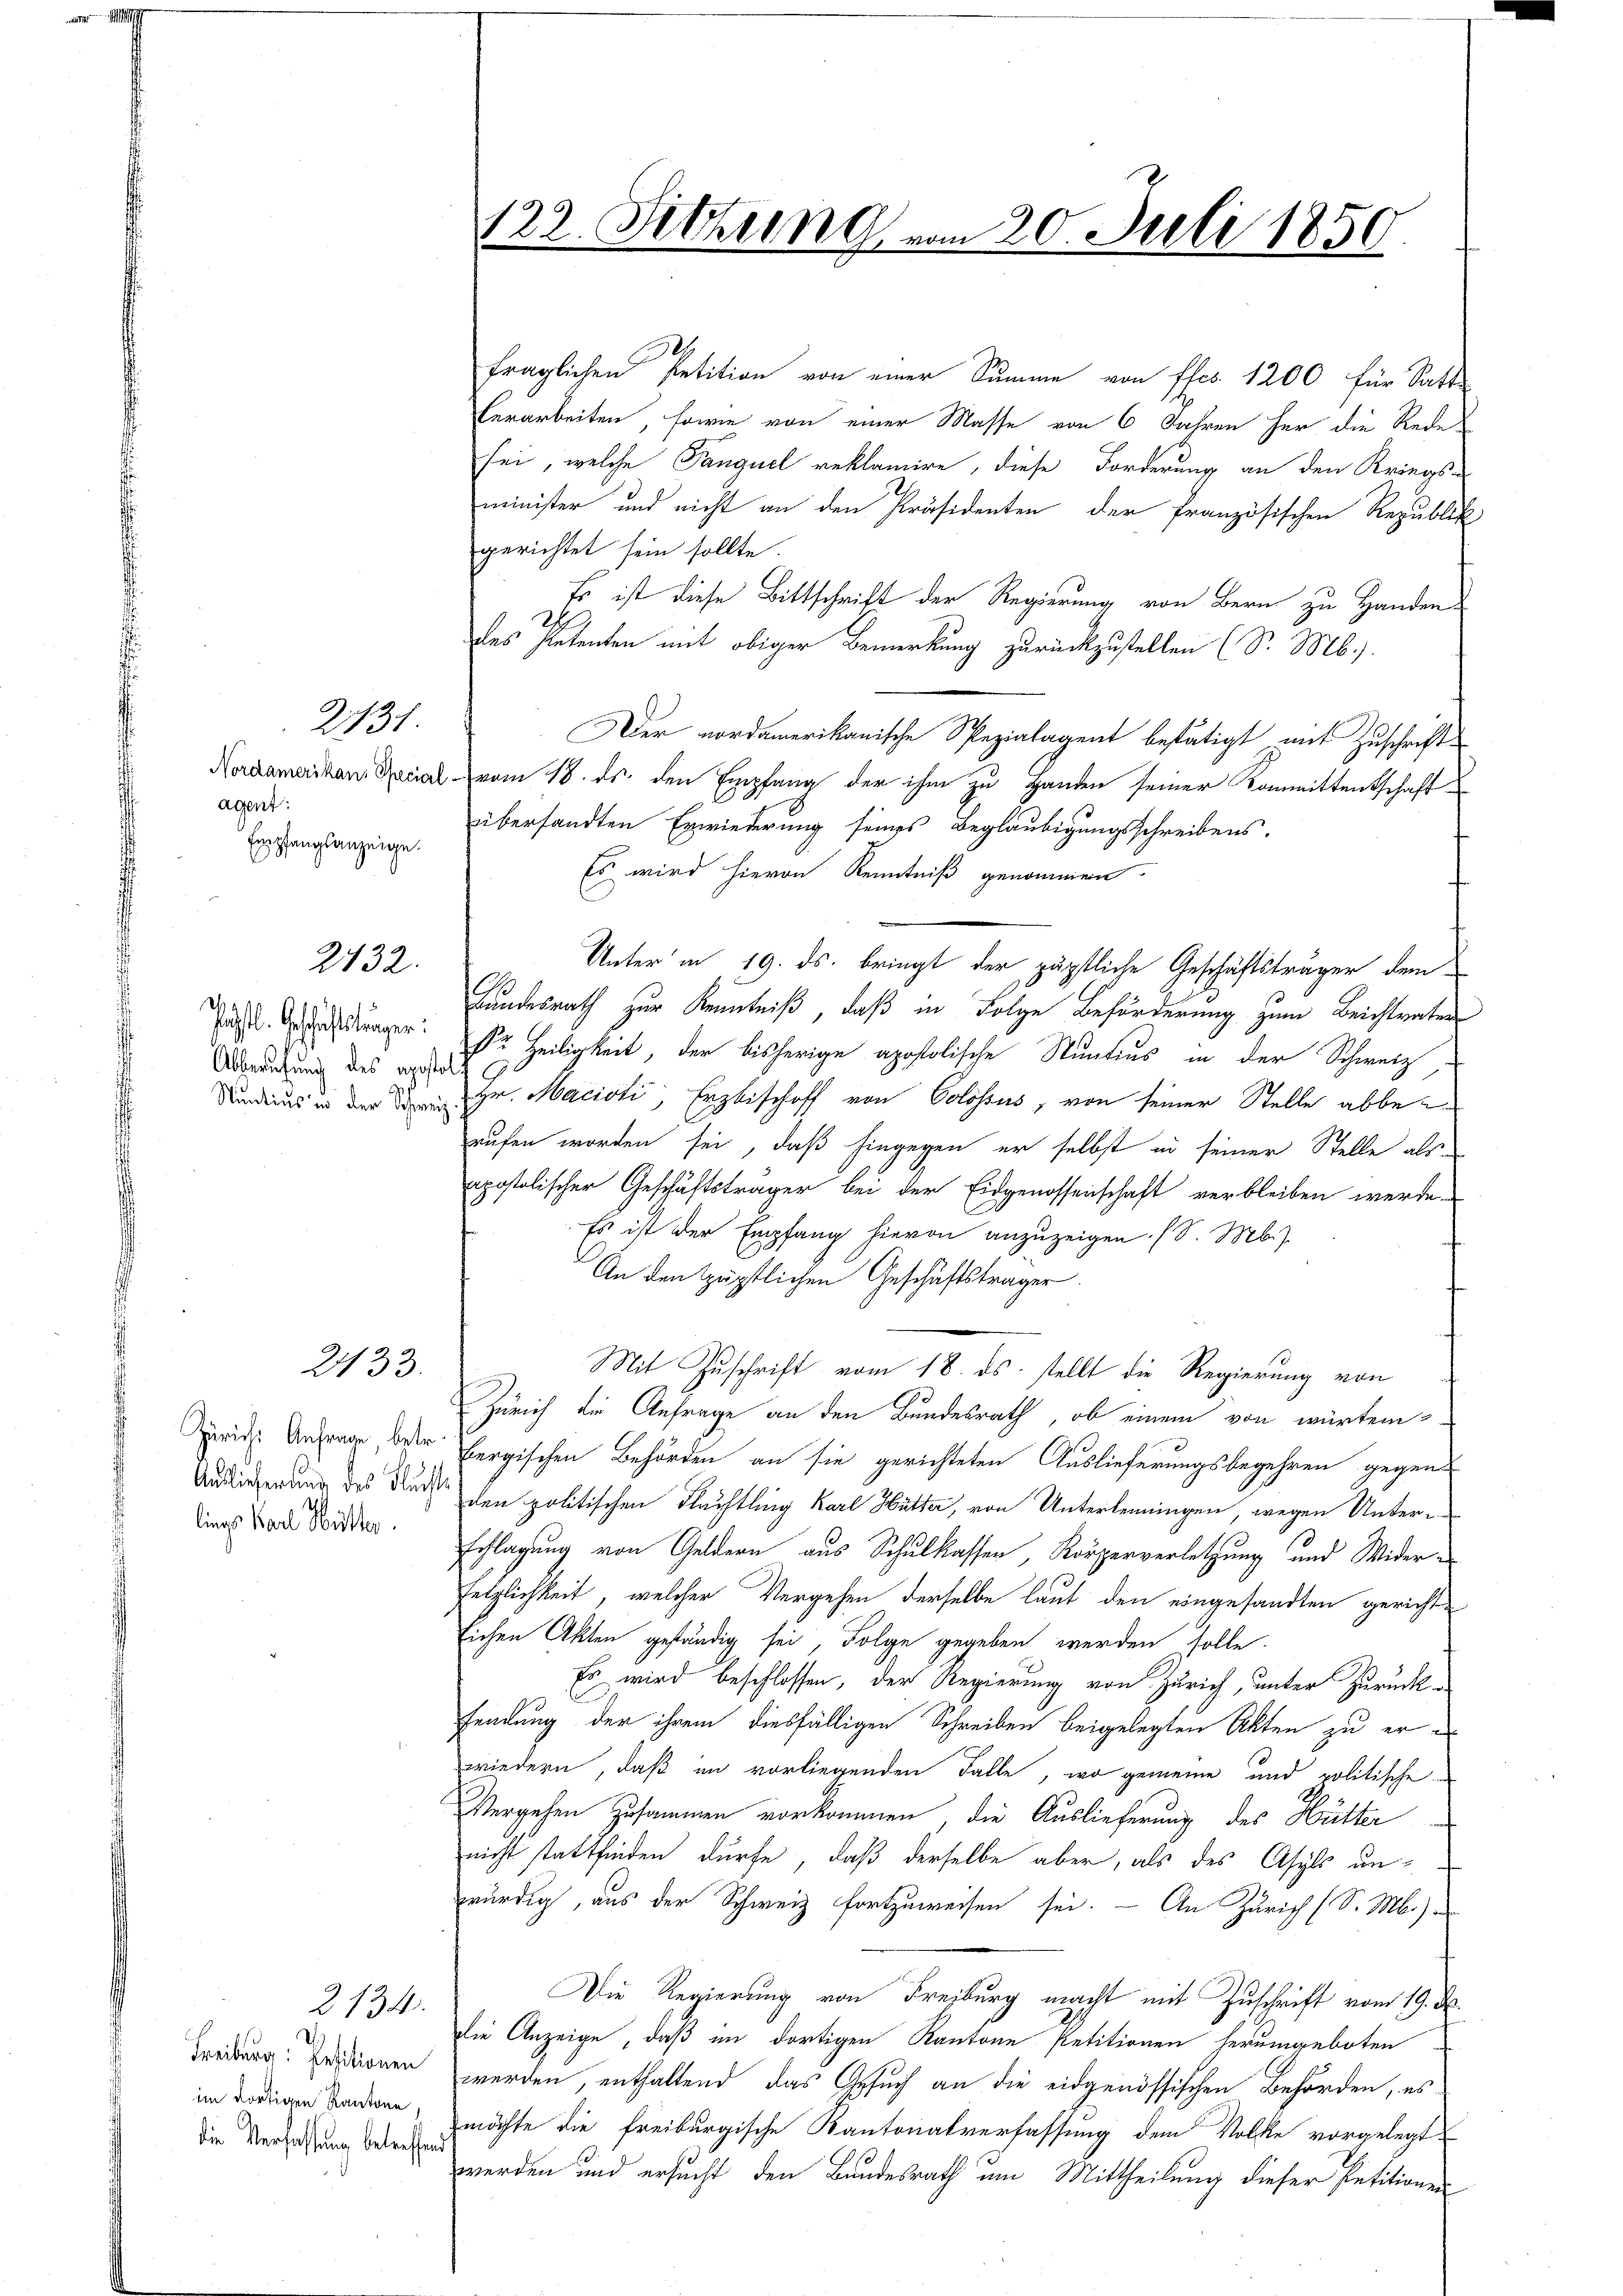
agent:
Empfangsanzeige.

2131

2432.

g
lüchtl. Geschäftsträger:
Abberufung des apostolt

2433.

Züricht Anfrage, betr.
lings Karl Hütter

im dortigen Kantone
die Verfassung betreffend

2134.

fraglichen Petition von einer Summe von ffcs. 1200 für Satt
Verarbeiten, sowie von einer Masse von 6 Jahren her die Rede
sei, welche Panguel reklamire, diese Forderung an den Kriegsminister und nicht an den Präsidenten der französischen Republik
gerichtet sein sollte.
Es ist diese Bittschrift der Regierung von Bern zu Handen
des Petenten mit obiger Bemerkung zurückzustellen (S. Mb.)
Der nordamerikanische Spezialagent bestätigt mit Zuschrift
Nordamerikan. Decial vom 18. ds. den Empfang der ihm zu Handen seiner Kommittentschaft
übersandten Erwiederung seines Beglaubigungsschreibens.
Es wird hievon Kenntniß genommen.
Unter in 19. ds. bringt der päpstliche Geschäftsträger dem
Bundesrath zur Kenntniß, daß in Folge Beförderung zum Beichtvaters
r Heiligkeit, der bisherige apostolische Stuntius in der Schweiz
Mundius in der den Hr. Macioti, Erzbischoff von Colosses, von seiner Stelle abberufen worden sei, daß hingegen er selbst in seiner Stelle als
apostolischer Geschäftsträger bei der Eidgenossenschaft verbleiben werde.
Es ist der Empfang hievon anzuzeigen (S. Mb.)
An den Häpstlichen Geschäftsträger.
Mit Zuschrift vom 18. ds. stellt die Regierung von
e
Zürich die Anfrage an den Bundesrath, ob einem von würtem
bergischen Behörden an sie gerichteten Auslieferungsbegehren gegen
Andungerung des Buch den politischen Flüchtling Karl Hütter, von Unterlenningen wegen Unterschlagung von Geldern aus Schulkassen, Körperverletzung und Wider¬
Fetzlichkeit, welcher Vergehen derselbe laut den eingesandten gericht¬
Eichen Akten geständig sei, Folge gegeben werden solle.
Es wird beschlossen, der Regierung von Zürich, unter Zurückfendung der ihrem diesfälligen Schreiben beigelegten Akten zu erwiedern, daß im vorliegenden Falle, wo gemeine und politische
Vergehen zusammen vorkommen, die Auslieferung des Hütter
nicht stattfinden dürfe, daß derselbe aber, als des Asyls un
würdig, aus der Schweiz fortzuweisen sei. — An Zürich (S. M.)
Die Regierung von Freiburg macht mit Zuschrift vom 19. d.
die Anzeige, daß im dortigen Kantone Petitionen herumgeboten
Freiburg fridionen werden, enthaltend das Gesuch an die eidgenössischen Behörden, es
möchte die freiburgische Kantonalverfassung dem Volke vorgelegt
werden und ersucht den Bundesrath um Mittheilung dieser Petitionen

122. Sitzung vom 20. Juli 1850

t